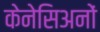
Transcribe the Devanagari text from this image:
केनेसिअनों